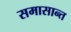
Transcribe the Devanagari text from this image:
समासान्त